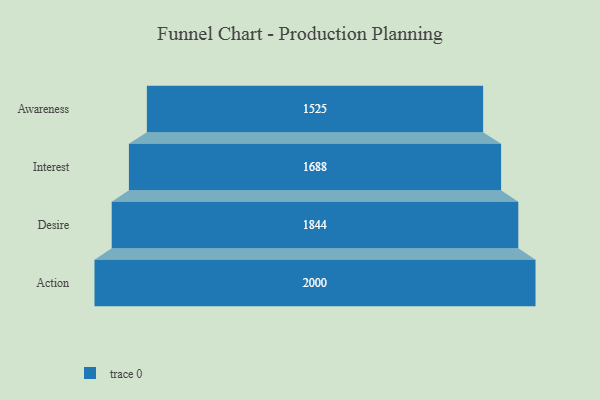
{"axis": {"x": "Stage", "y": "Value"}, "legend": [""], "data": [{"x": "Awareness", "y": 1525.0, "type": ""}, {"x": "Interest", "y": 1688.0, "type": ""}, {"x": "Desire", "y": 1844.0, "type": ""}, {"x": "Action", "y": 2000, "type": ""}]}